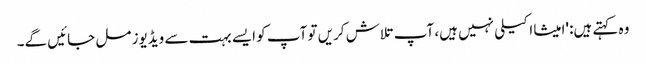
وہ کہتے ہیں: 'امیشا اکیلی نہیں ہیں، آپ تلاش کریں تو آپ کو ایسے بہت سے ویڈیوز مل جائیں گے۔